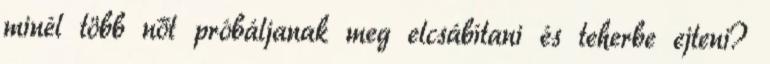
minél több nőt próbáljanak meg elcsábítani és teherbe ejteni?